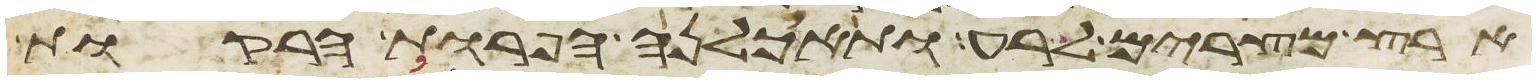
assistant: ארץ מצרים לרע ותאכלנה הפרות הרקות